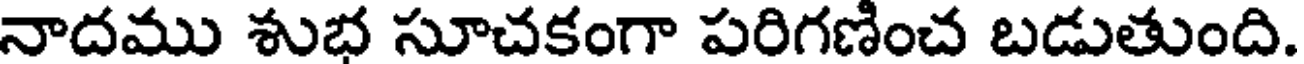
నాదము శుభ సూచకంగా పరిగణించ బడుతుంది.